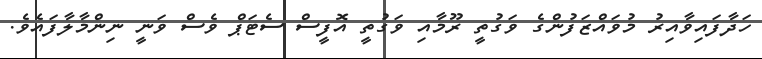
ހަދާފައިވާއިރު މުވައްޒަފުންގެ ވަގުތީ ރޫމާއި ވަގުތީ އޮފީސް ސެޓަޕް ވެސް ވަނީ ނިންމާލާފައެވެ.